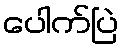
ပေါက်ပြဲ